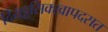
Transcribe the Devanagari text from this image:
दियट्ठसिक्खापदसत